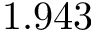
1 . 9 4 3